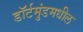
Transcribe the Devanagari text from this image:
डॉर्टमुंडमधील